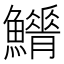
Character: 𩼿